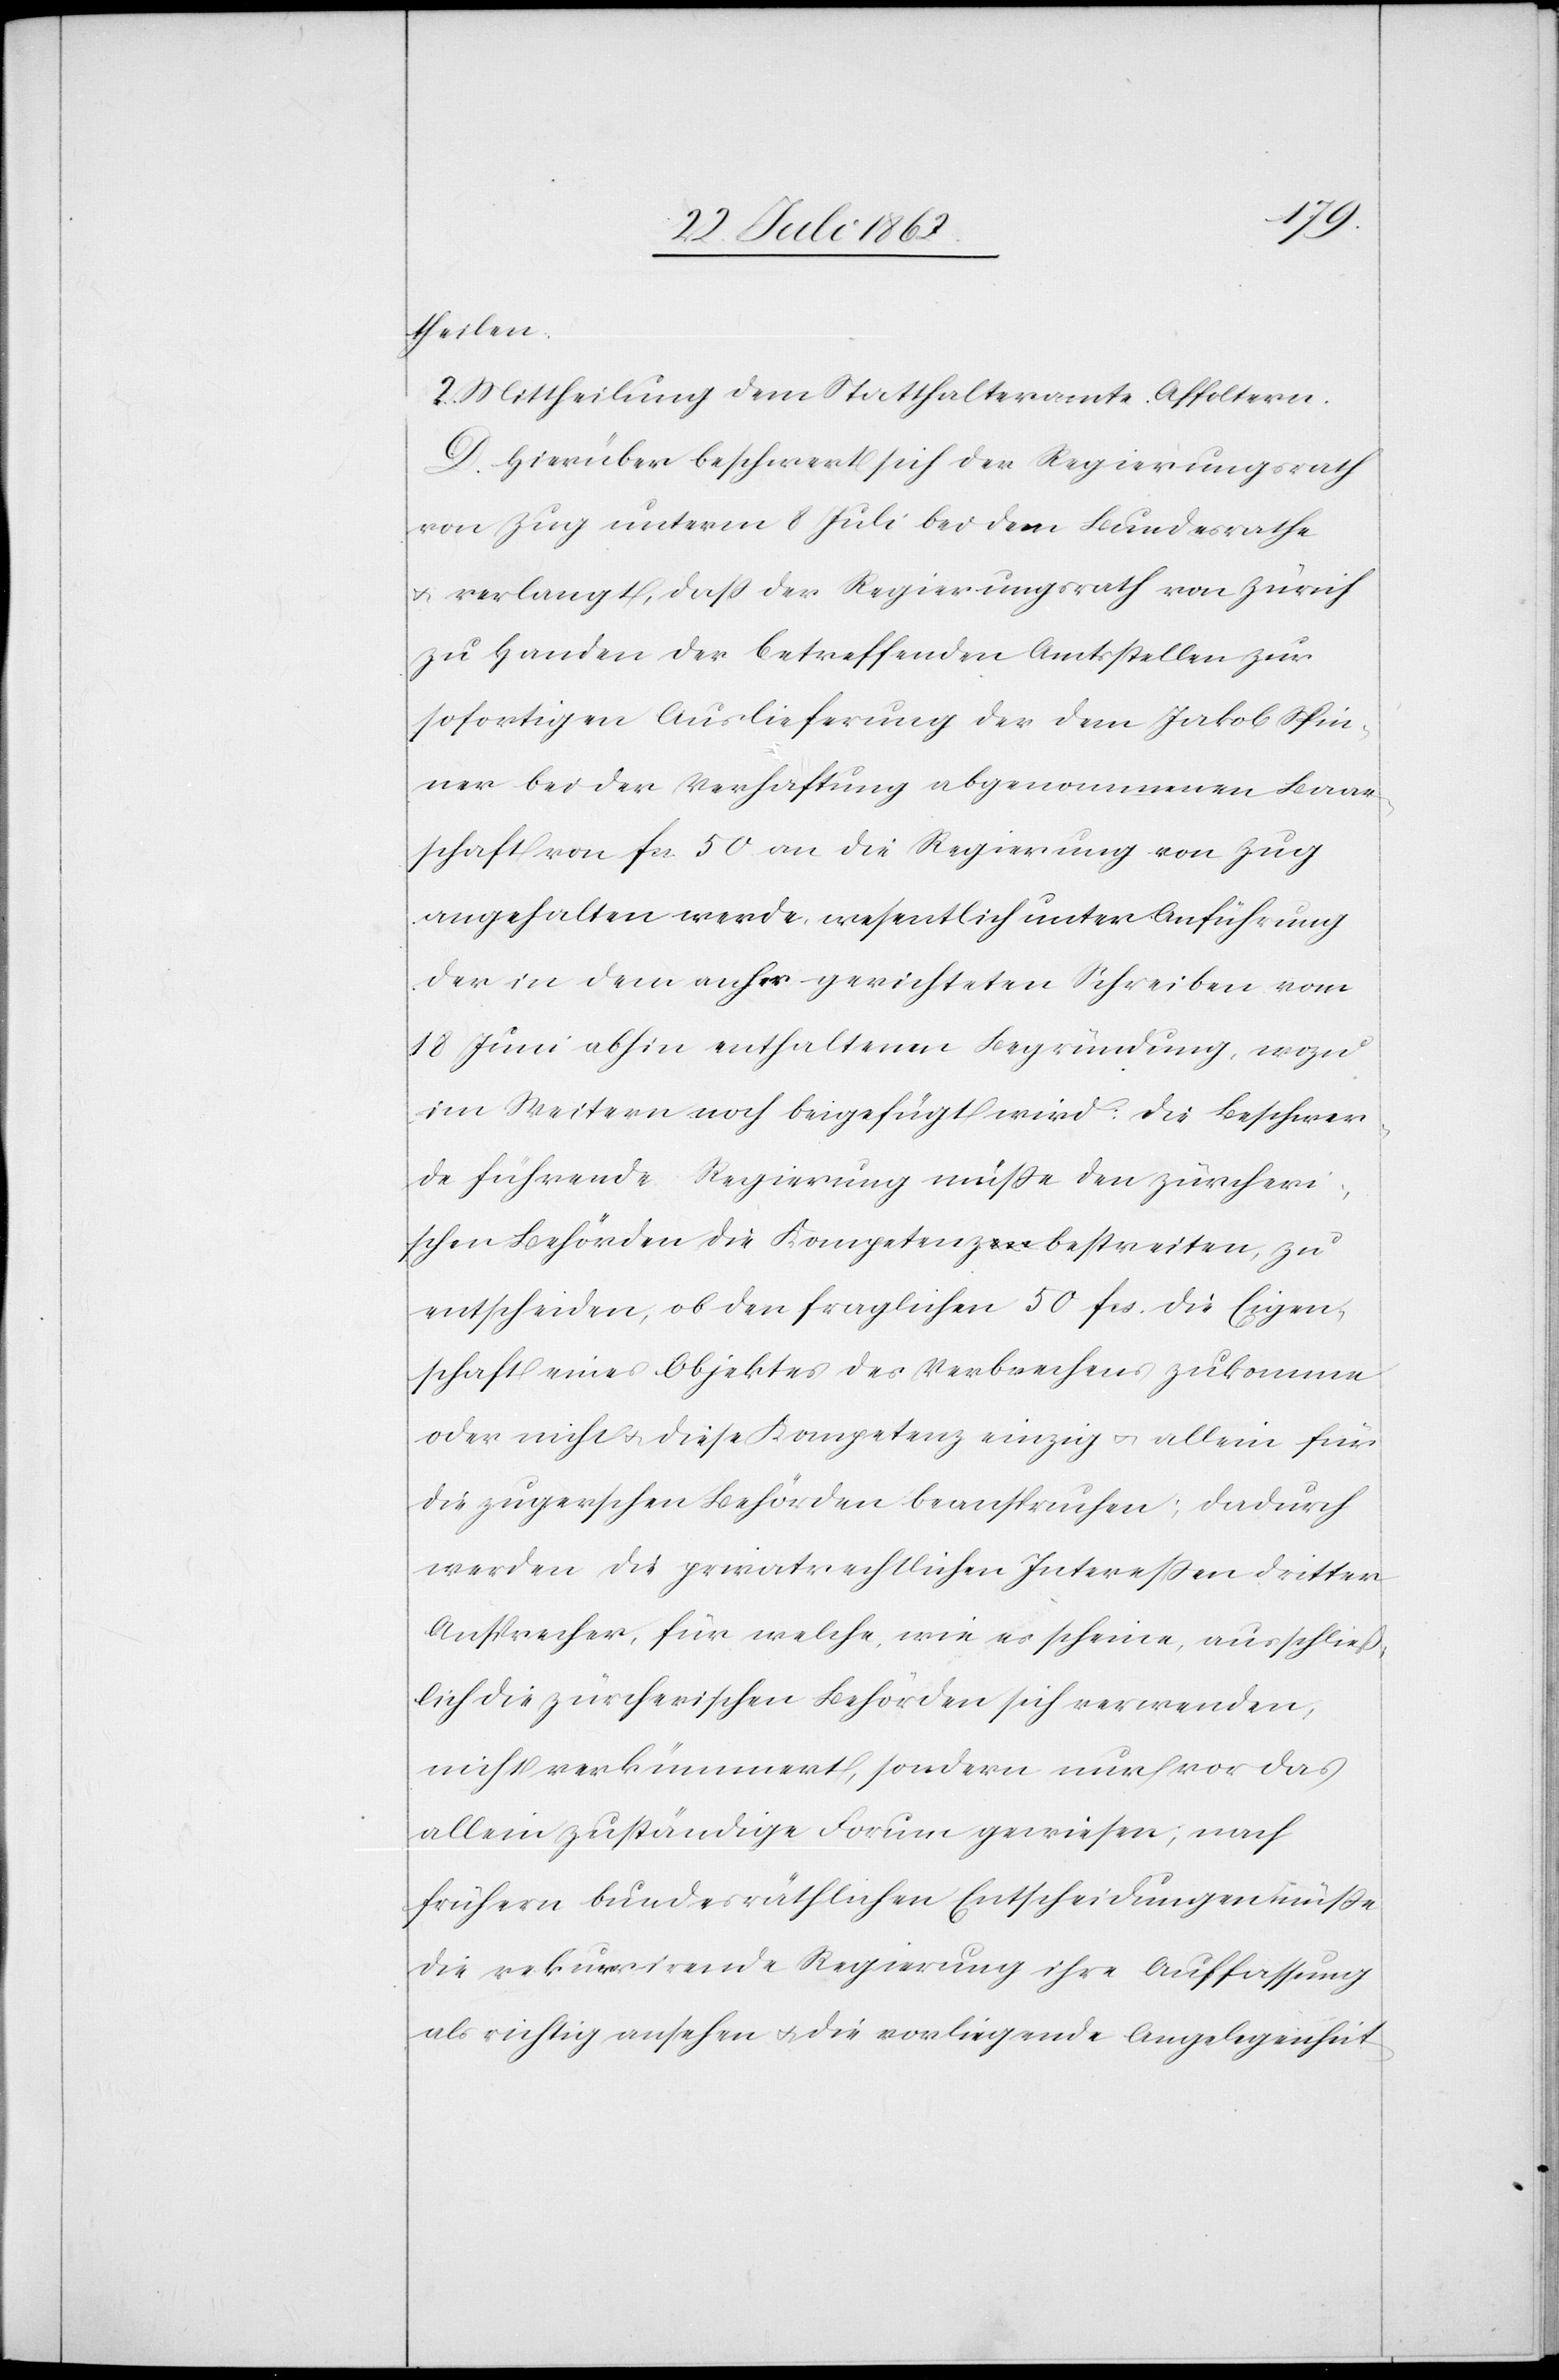
theilen.
2. Mittheilung dem Statthalteramte Affoltern.
D. Hierüber beschwert sich der Regierungsrath
von Zug unterm 8. Juli bei dem Bundesrathe
u. verlangt, daß der Regierungsrath von Zürich
zu Handen der betreffenden Amtsstellen zur
sofortigen Auslieferung der dem Jakob Spin¬
ner bei der Verhaftung abgenommenen Baar¬
schaft von fcs. 50 an die Regierung von Zug
angehalten werde, wesentlich unter Anführung
der in dem anher gerichteten Schreiben vom
18. Juni abhin enthaltenen Begründung, wozu
im Weitern noch beigefügt wird: Die Beschwer¬
de führende Regierung müße den zürcheri¬
schen Behörden die Kompetenzbestreitung, zu
entscheiden, ob den fraglichen 50 fcs. die Eigen¬
schaft eines Objektes des Verbrechens zukomme
oder nicht u. diese Kompetenz einzig u. allein für
die zugerschen Behörden beanspruchen; dadurch
werden die privatrechtlichen Interessen dritter
Ansprecher, für welche, wie es scheine, ausschließ¬
lich die zürcherischen Behörden sich verwenden,
nicht verkümmert, sondern nur vor das
allein zuständige Forum gewiesen; nach
frühern bundesräthlichen Entscheidungen müßte
die rekurrirende Regierung ihre Auffassung
als richtig ansehen u. die vorliegende Angelegenheit